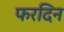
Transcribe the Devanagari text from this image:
फरदिन